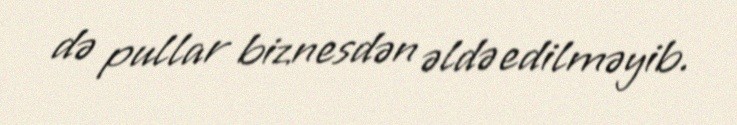
də pullar biznesdən əldə edilməyib.